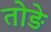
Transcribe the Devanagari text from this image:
तोङे